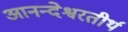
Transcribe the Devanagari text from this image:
आनन्देश्वरतीर्थ